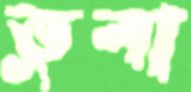
ভুলা